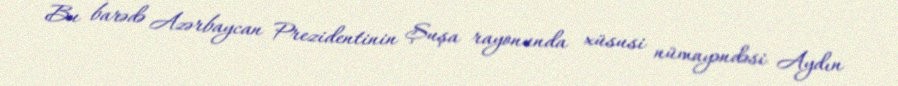
Bu barədə Azərbaycan Prezidentinin Şuşa rayonunda xüsusi nümayəndəsi Aydın